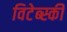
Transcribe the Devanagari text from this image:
विटेब्स्की